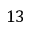
1 3